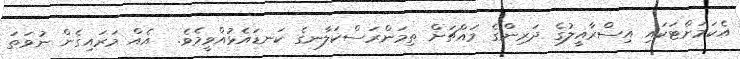
އެކަމަށްޓަކައި އިސްރާއީލުގެ ދަރިންގެ މައްޗަށް ތިމަންރަސްކަލާނގެ ކަނޑައެޅުއްވީމެވެ.  އެއް މަރައިގެން ނުވަތަ